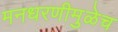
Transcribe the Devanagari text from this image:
मनधरणीमुळेच